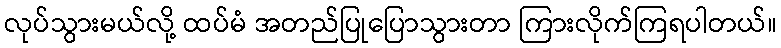
လုပ်သွားမယ်လို့ ထပ်မံ အတည်ပြုပြောသွားတာ ကြားလိုက်ကြရပါတယ်။